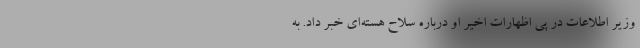
وزیر اطلاعات در پی اظهارات اخیر او درباره سلاح هسته‌ای خبر داد. به